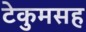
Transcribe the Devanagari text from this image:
टेकुमसह